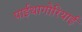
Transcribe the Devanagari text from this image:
पाईथागोरियाई